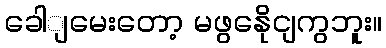
ခေါျမေးတော့ မဖွနေိုငျကွဘူး။